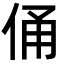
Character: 俑